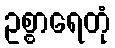
ဥစ္စာရေတုံ